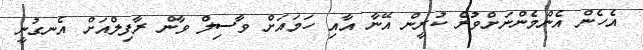
އެހެން އެންމެންނަށްވުރެ ކުރީން އޭނާ އާއި ހަމައަށް ވާސިލް ވާން ރާފިލްއަށް އެނގުނީ